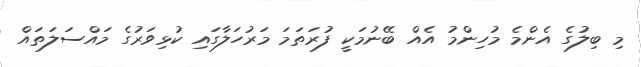
މި ބިލުގެ އެންމެ މުހިންމު އެއް ބޭނުމަކީ ފުރަތަމަ މަރުހަލާގައި ކުޅިވަރުގެ މައްސަލަތައް